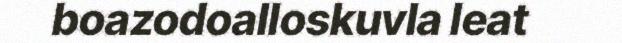
boazodoalloskuvla leat